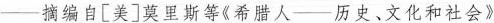
--摘编自[美]莫里斯等《希腊人--历史、文化和社会》